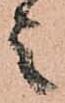
之